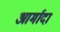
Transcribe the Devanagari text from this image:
आर्मादा